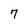
Character: 7